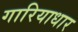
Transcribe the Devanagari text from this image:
गारियाधार